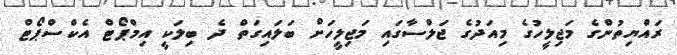
ރައްޔިތުންގެ މަޖިލީހުގެ މިއަދުގެ ޖަލްސާގައި މަޖިލީހަށް ބަލައިގަތް ދެ ބިލަކީ އިމްޕޯޓް އެކްސްޕޯޓް